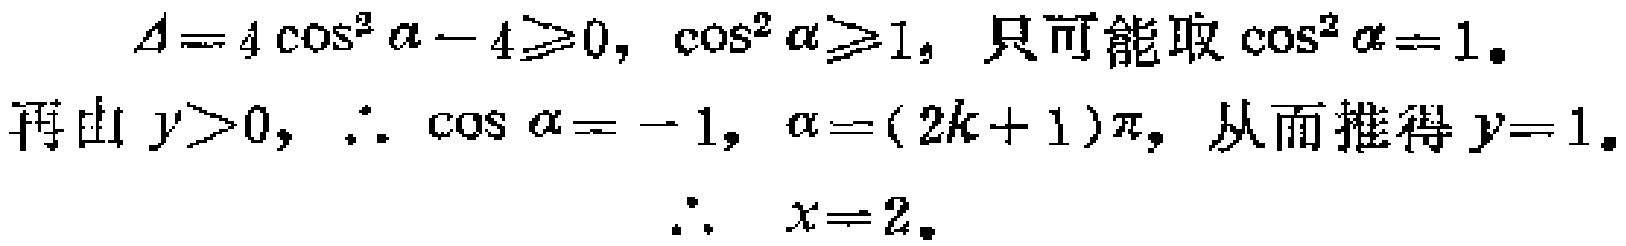
\(\Delta = 4\cos^{2}\alpha - 4\geqslant0,\ \cos^{2}\alpha\geqslant1,\ 只可能取\cos^{2}\alpha = 1。\)
\(再由y > 0,\ \therefore\ \cos\alpha = - 1,\ \alpha=(2k + 1)\pi,\ 从而推得y = 1。\)
\(\therefore\ \ x = 2。\)